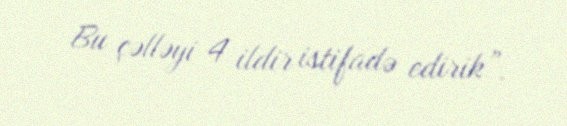
Bu çəlləyi 4 ildir istifadə edirik”.